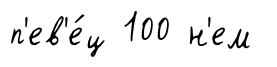
п'ев'е́ц 100 н'ем